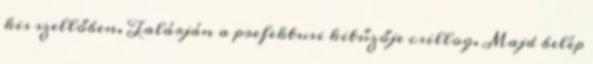
kis szellőben. Talárján a prefektusi kitűzője csillog. Majd belép